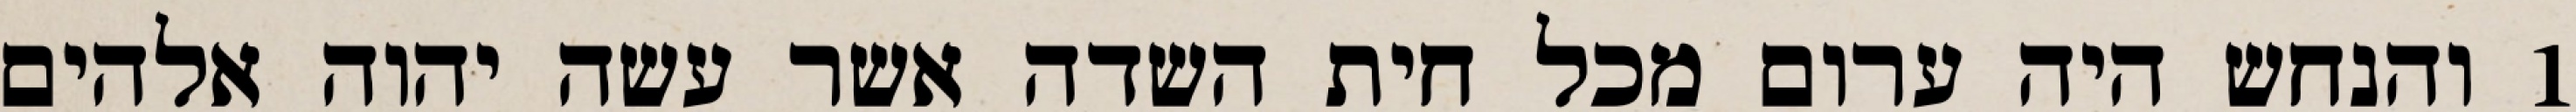
1 והנחש היה ערום מכל חית השדה אשר עשה יהוה אלהים